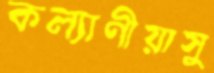
কল্যাণীয়াসু